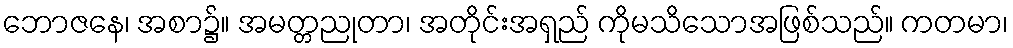
ဘောဇနေ၊ အစာ၌။ အမတ္တညုတာ၊ အတိုင်းအရှည် ကိုမသိသောအဖြစ်သည်။ ကတမာ၊